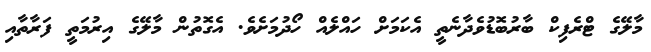
މާލޭގެ ޓްރެފިކް ބާރުބޮޑުވެދާނެތީ އެކަމަށް ހައްލެއް ހޯދުމަށެވެ. އެގޮތުން މާލޭގެ އިރުމަތީ ފަރާތާއި